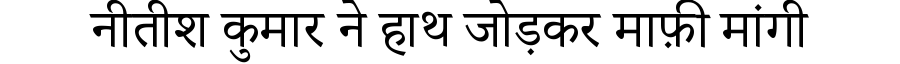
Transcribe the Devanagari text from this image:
नीतीश कुमार ने हाथ जोड़कर माफ़ी मांगी